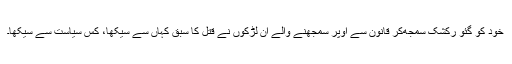
خود کو گئو رکشک سمجھ‌کر قانون سے اوپر سمجھنے والے ان لڑکوں نے قتل کا سبق کہاں سے سیکھا، کس سیاست سے سیکھا۔